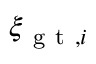
\xi _ { \mathrm { ~ g ~ t ~ } , i }